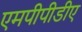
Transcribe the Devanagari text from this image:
एमपीपीडीए